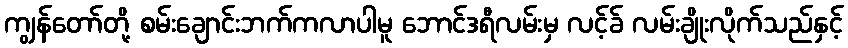
ကျွန်တော်တို့ စမ်းချောင်းဘက်ကလာပါမူ ဘောင်ဒရီလမ်းမှ လင့်ခ် လမ်းချိုးလိုက်သည်နှင့်